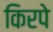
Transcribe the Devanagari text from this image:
किरपे